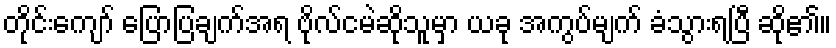
တိုင်းကျော် ပြောပြချက်အရ ဗိုလ်ငမဲဆိုသူမှာ ယခု အကွပ်မျက် ခံသွားရပြီ ဆို၏။